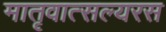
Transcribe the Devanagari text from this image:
मातृवात्सल्यरस